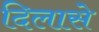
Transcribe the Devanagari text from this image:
दिलासे